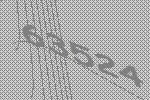
63524